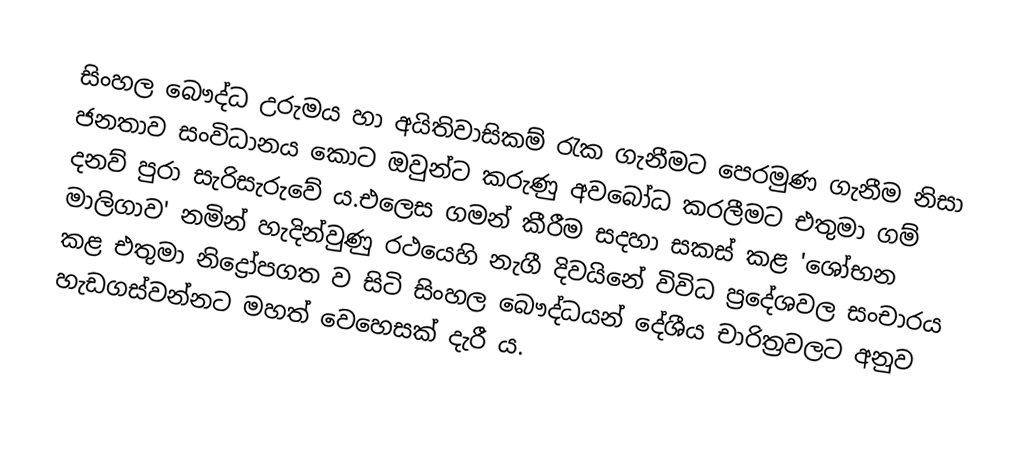
සිංහල බෞද්ධ උරුමය හා අයිතිවාසිකම් රැක ගැනීමට පෙරමුණ ගැනීම නිසා ජනතාව සංවිධානය කොට ඔවුන්ට කරුණු අවබෝධ කරලීමට එතුමා ගම් දනව් පුරා සැරිසැරුවේ ය.එලෙස ගමන් කීරීම සදහා සකස් කළ 'ශෝභන මාලිගාව' නමින් හැදින්වුණු රථයෙහි නැගී දිවයිනේ විවිධ ප්‍රදේශවල සංචාරය කළ එතුමා නිද්‍රෝපගත ව සිටි සිංහල බෞද්ධයන් දේශීය චාරිත්‍රවලට අනුව හැඩගස්වන්නට මහත් වෙහෙසක් දැරී ය.